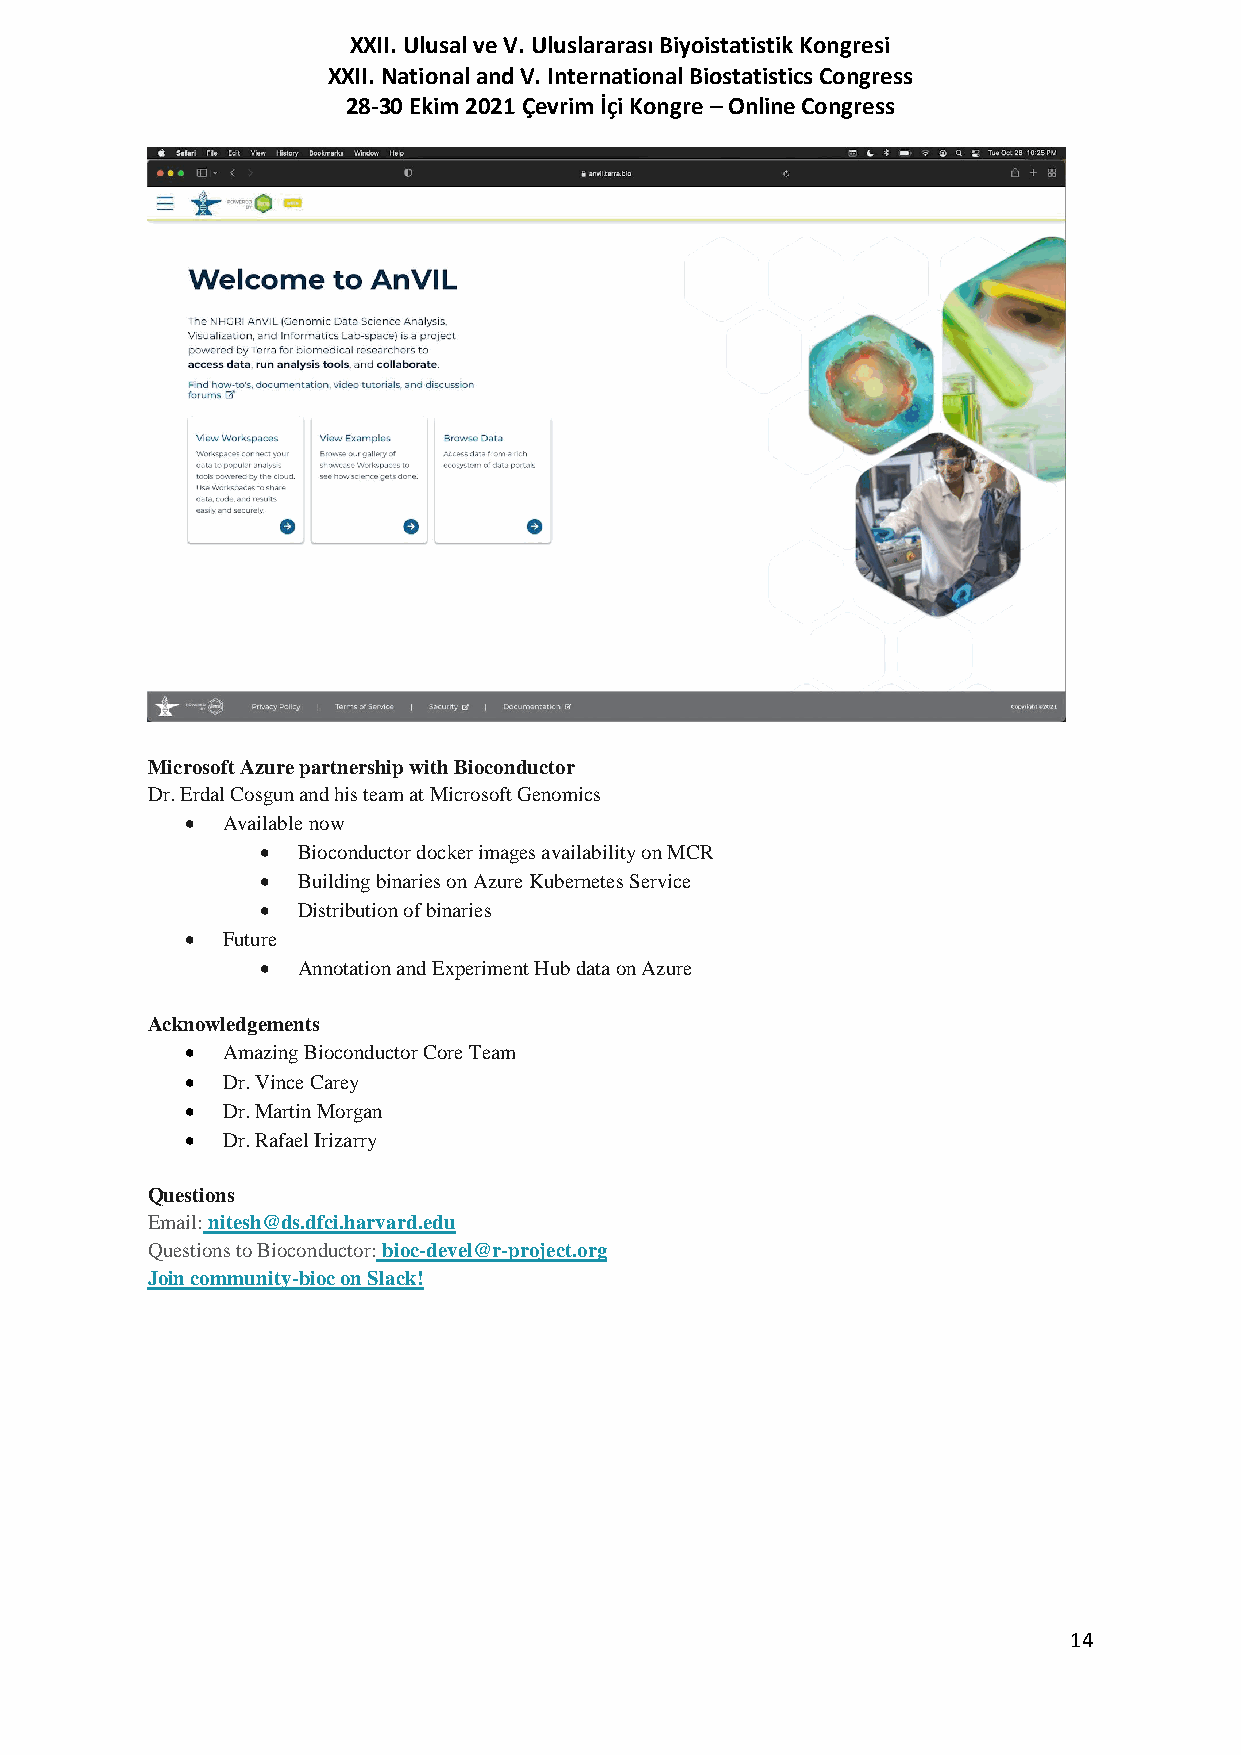
XXII. Ulusal ve V. Uluslararası Biyoistatistik Kongresi
 XXII. National and V. International Biostatistics Congress
 28-30 Ekim 2021 Çevrim İçi Kongre – Online Congress
 Microsoft Azure partnership with Bioconductor
 Dr. Erdal Cosgun and his team at Microsoft Genomics
   Available now
   Bioconductor docker images availability on MCR
   Building binaries on Azure Kubernetes Service
   Distribution of binaries
   Future
   Annotation and Experiment Hub data on Azure
 Acknowledgements
   Amazing Bioconductor Core Team
   Dr. Vince Carey
   Dr. Martin Morgan
   Dr. Rafael Irizarry
 Questions
 Email: nitesh@ds.dfci.harvard.edu
 Questions to Bioconductor: bioc-devel@r-project.org
 Join community-bioc on Slack!
 14